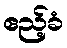
ဧည့်ခံ